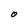
Character: O